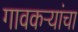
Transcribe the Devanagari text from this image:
गावकऱ्यांचा